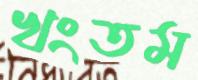
খংতম